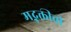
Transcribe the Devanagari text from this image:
मद्भक्तीची